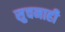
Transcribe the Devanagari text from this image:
सुचनाही